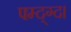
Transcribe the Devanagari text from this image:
फ्म्द्ग्द।